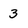
Character: 3